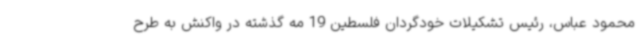
محمود عباس، رئیس تشکیلات خودگردان فلسطین 19 مه گذشته در واکنش به طرح